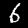
Digit: 6